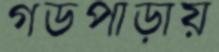
গডপাড়ায়